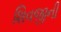
શિવજીની